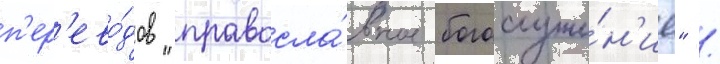
п'ер'ево́дов "правосла́вное богослуже́н'ие" /